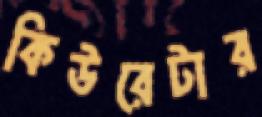
কিউরেটার